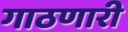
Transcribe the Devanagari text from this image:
गाठणारी